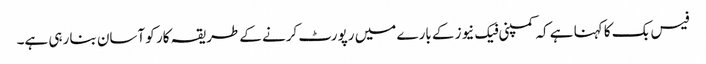
فیس بک کا کہنا ہے کہ کمپنی فیک نیوز کے بارے میں رپورٹ کرنے کے طریقہ کار کو آسان بنا رہی ہے۔